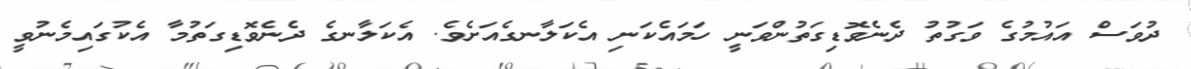
ދުވަސް އައުމުގެ ވަގުތު ދެނެވޮޑިގަތުންވަނީ ހަމައެކަނި އެކަލާނގެއަށެވެ. އެކަލާނގެ ދެނެވޮޑިގަތުމާ އެކުގައިމެނުވީ